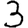
Digit: 3